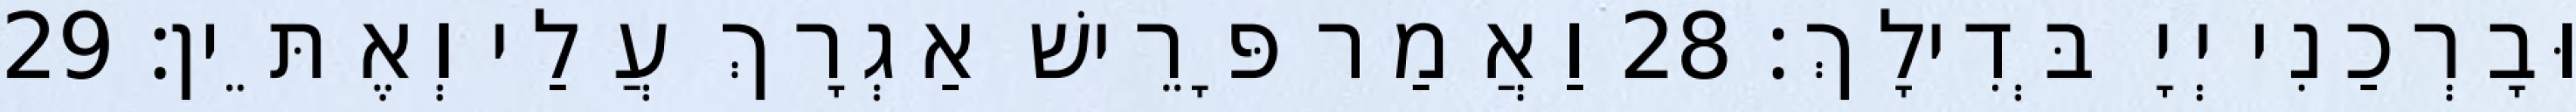
וּבָרְכַנִי יְיָ בְּדִילָךְ׃ 28 וַאֲמַר פָּרֵישׁ אַגְרָךְ עֲלַי וְאֶתֵּין׃ 29